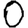
Digit: 0